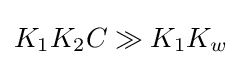
K_{1}K_{2}C\gg K_{1}K_{w}